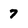
Character: 7